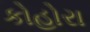
કોહોરા